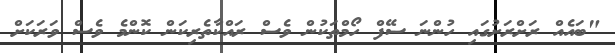
"ބައެއް ރަށްރަށުގައި ހުންނަ ސޭފް ހޯމްތަކުން ވެސް ރައްކާތެރިކަން ކޮންމެ ވެސް ވަރަކަށް